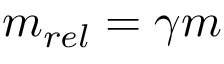
m _ { r e l } = \gamma m